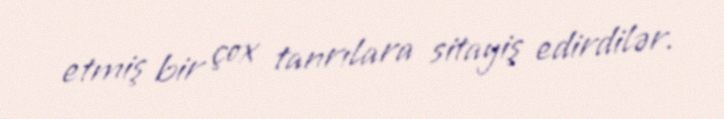
etmiş bir çox tanrılara sitayiş edirdilər.